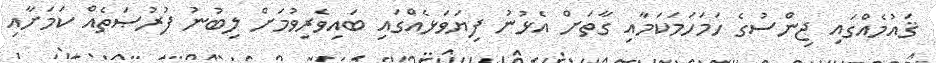
ޤައުމެއްގައި ޖިންސުގެ ހަމަހަމަކަމާއި ގާތަށް އެޅުނު ފިޔަވަޅެއްގައި ބައިވެރިވުމަށް ލިބުނު ފުރުޞަތެއް ކަމަށާއި